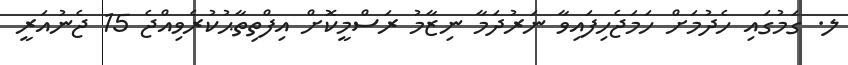
ލ. ގަމުގައި ހެދުމަށް ހަމަޖެހިފައިވާ ނަރުދަމާ ނިޒާމު ރަސްމީކޮށް އިފްތިތާޙުކުރެވިއްޖެ 15 ޖެނުއަރީ